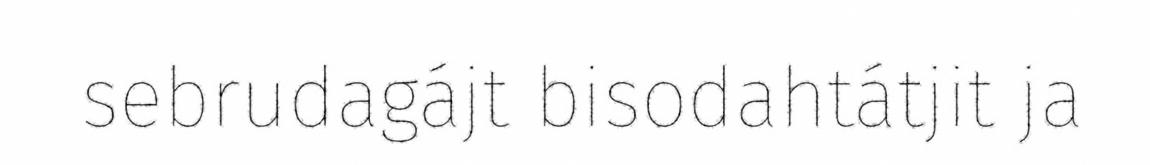
sebrudagájt bisodahtátjit ja